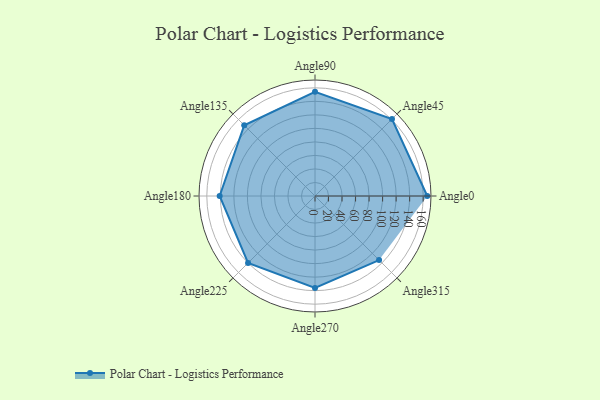
{"axis": {"x": "Angle", "y": "Radius"}, "legend": [""], "data": [{"x": "Angle0", "y": 166.0, "type": ""}, {"x": "Angle45", "y": 161.0, "type": ""}, {"x": "Angle90", "y": 154.0, "type": ""}, {"x": "Angle135", "y": 148.0, "type": ""}, {"x": "Angle180", "y": 141.0, "type": ""}, {"x": "Angle225", "y": 140.0, "type": ""}, {"x": "Angle270", "y": 136.0, "type": ""}, {"x": "Angle315", "y": 134.0, "type": ""}]}